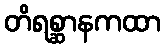
တိရစ္ဆာနကထာ